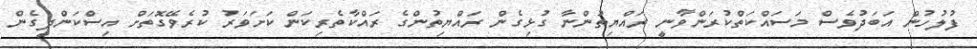
ފުލުހުން އަބަދުވެސް މަސައްކަތްކުރަންވާނީ ރައްޔިތުންނާ ގުޅިގެން ރައްޔިތުންގެ ރައްކާތެރިކަން ކަށަވަރު ކުރެވޭގޮތަށް އިސްކަންދީގެން